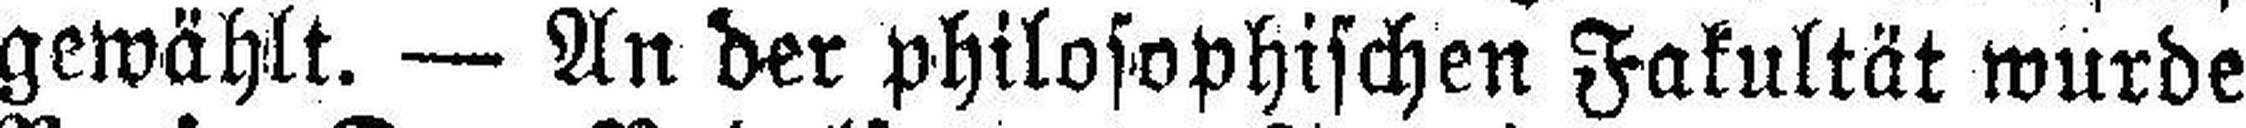
gewählt. — An der philosophischen Fakultät wurde